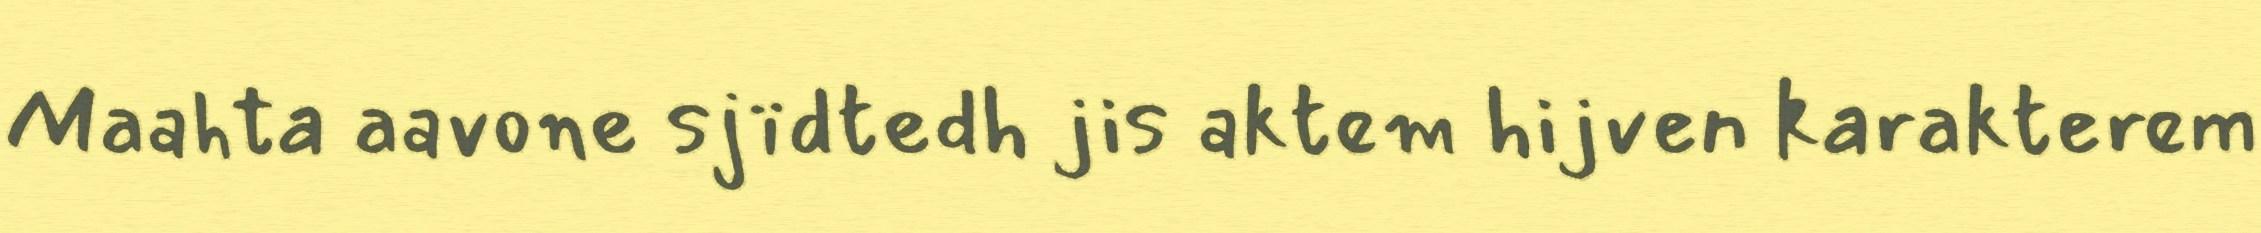
Maahta aavone sjïdtedh jis aktem hijven karakterem